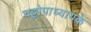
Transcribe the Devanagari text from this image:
चट्टोपाध्यायके